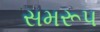
સમરૂપ